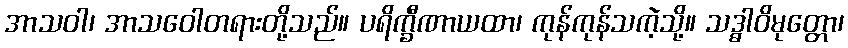
အာသဝါ၊ အာသဝေါတရားတို့သည်။ ပရိက္ခီဏာယထာ၊ ကုန်ကုန်သကဲ့သို့။ သဒ္ဓါဝိမုတ္တော၊